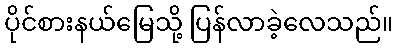
ပိုင်စားနယ်မြေသို့ ပြန်လာခဲ့လေသည်။